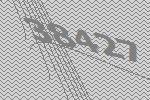
38427